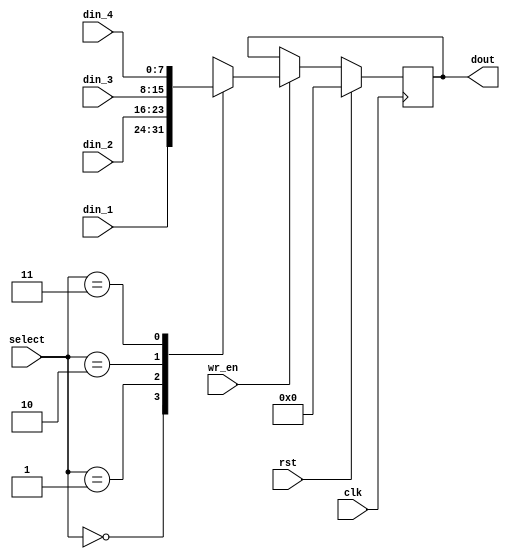
module mux4_register_bank #(
  parameter WIDTH   = 8,
            SELSIZE = 2,
            IN1 = 2'b00,
            IN2 = 2'b01,
            IN3 = 2'b10,
            IN4 = 2'b11
  )(
  input wire [0:0] clk,
  input wire [0:0] rst,
  input wire [0:0] wr_en,
  input wire [SELSIZE-1:0] select,
  input wire [WIDTH-1:0]   din_1,
  input wire [WIDTH-1:0]   din_2,
  input wire [WIDTH-1:0]   din_3,
  input wire [WIDTH-1:0]   din_4,
  output reg [WIDTH-1:0]   dout
  );

reg [WIDTH-1:0] muxout;

always @(posedge clk) begin
  if(rst)
    dout <= {WIDTH{1'b0}};
  else if(wr_en)
    dout <= muxout;
end

always @(*) begin
  case (select)
    IN1: muxout = din_1;
    IN2: muxout = din_2;
    IN3: muxout = din_3;
    IN4: muxout = din_4;
    //default: ;
  endcase
end

endmodule